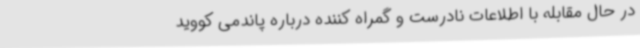
در حال مقابله با اطلاعات نادرست و گمراه کننده درباره پاندمی کووید